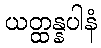
ယတ္ထန္နပါနံ